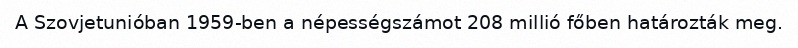
A Szovjetunióban 1959-ben a népességszámot 208 millió főben határozták meg.